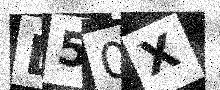
Text: D50X